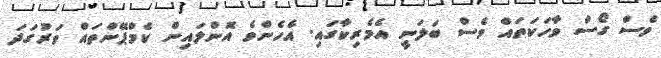
ވެސް ގޯސް ވާހަކަތައް ވެސް ބަލަނީ އެމެރިކާގައި. އެހެންވެ އޮންލައިން ކެމްޕޭންތައް ވަރުގަދަ